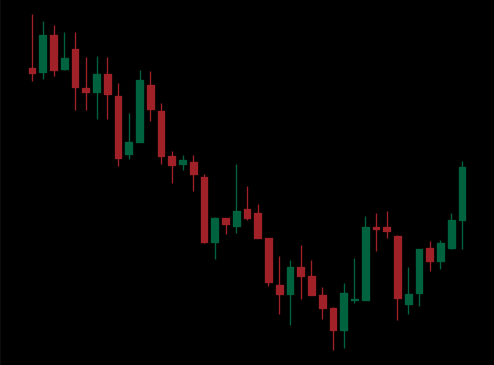
Pattern: bull_flag